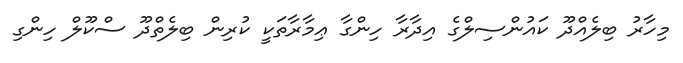
މިހާރު ބިލެއްދޫ ކައުންސިލްގެ އިދާރާ ހިންގާ ޢިމާރާތަކީ ކުރިން ބިލެތްދޫ ސްކޫލް ހިންގި